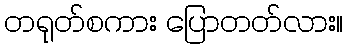
တရုတ်စကား ပြောတတ်လား။